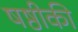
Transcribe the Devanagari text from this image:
षष्ठीकी